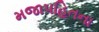
મજાપહિતના